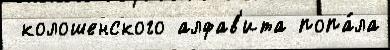
 колошенского алфав'ита попа́ла